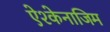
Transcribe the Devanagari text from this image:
ऐश्केनाजिम